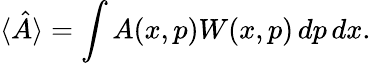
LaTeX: \langle{\hat{A}}\rangle=\int A(x,p)W(x,p)\, dp\, dx.